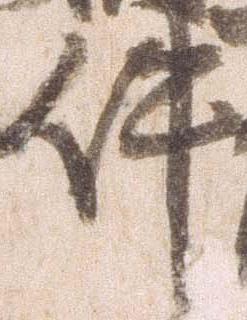
件